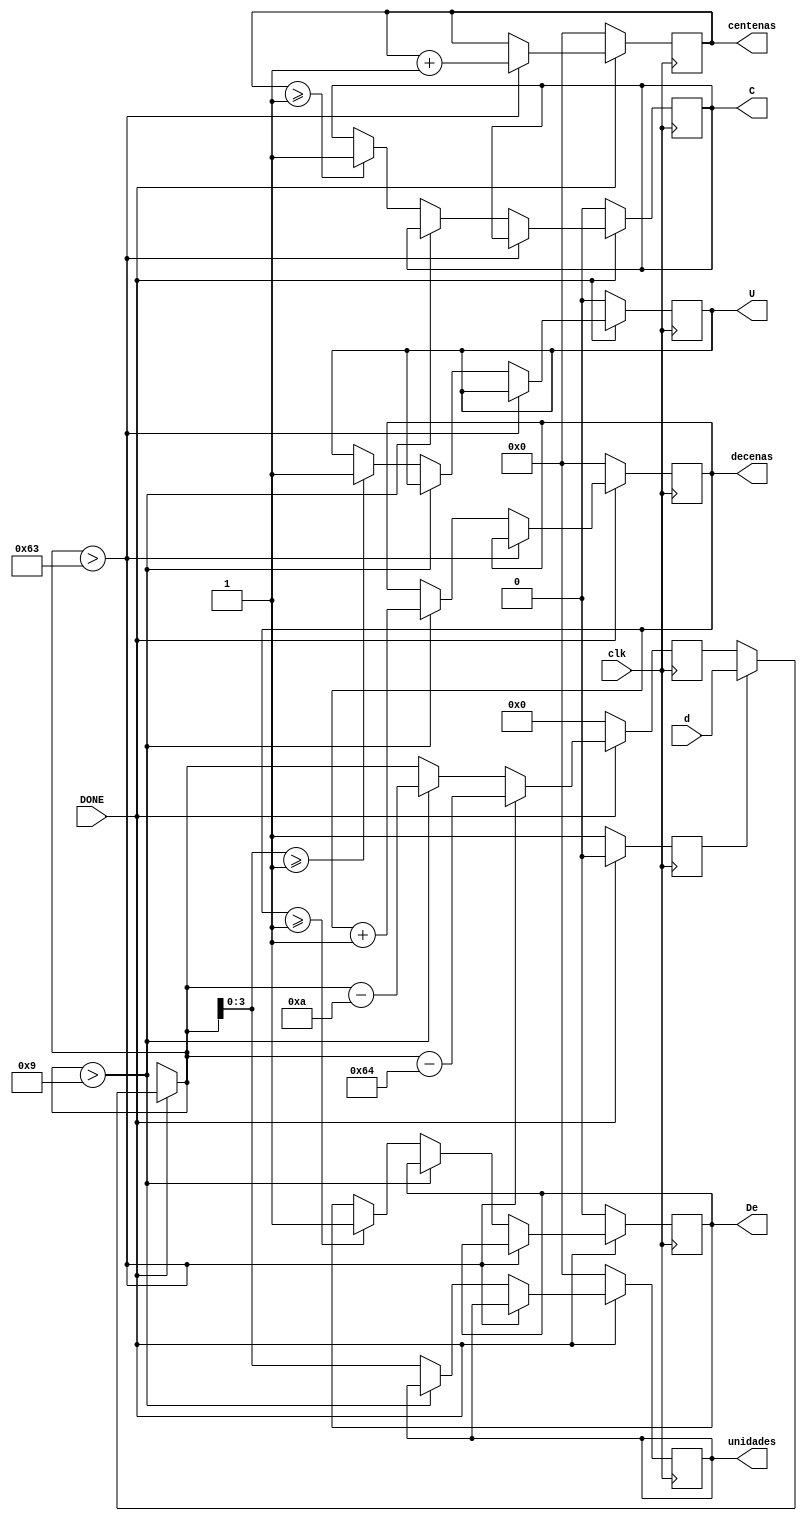
module	anteconmutador	(
					input			clk,
					input		[7:0]	d,
					input			DONE,
					output	reg	[3:0]	centenas,
					output	reg	[3:0]	decenas,
					output	reg	[3:0]	unidades,
					output	reg		C,
					output	reg		De,
					output	reg		U
			);
	reg	[7:0]	digitT;
	reg		i;
	
	initial
	begin
		digitT = 0;
		C = 0;
		De = 0;
		U = 0;
		centenas = 0;
		decenas	 = 0;
		unidades = 0;
		i = 1;
	end
	always@(posedge clk)
	begin	
		if(DONE)
		begin
			if(i)
			begin
				digitT = d;
				i = 0;
			end
			if(digitT>7'b1100011)
			begin
				digitT	 = digitT - 7'b1100100;
				centenas = centenas + 1;
				
			end
			else
			begin
				if(digitT>7'b0001001)
				begin
					digitT	= digitT - 7'b0001010;
					decenas	= decenas + 1;
				end
				else
				begin
					unidades = {digitT[3:0]};
					if(centenas >= 1)
					begin
						C = 1;
					end
					if(decenas  >= 1)
					begin
						De = 1;
					end
					if(unidades >= 1)
					begin
						U = 1;
					end
				end
			end
		end
		else
		begin
			if(!DONE)
			begin
				digitT = 0;
				C = 0;
				De = 0;
				U = 0;
				i = 1;
				centenas = 0;
				decenas	 = 0;
				unidades = 0;
			end
		end
	end
endmodule